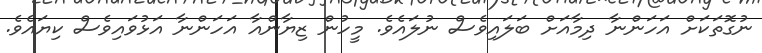
ނުގޮތަކަށް އަހަންނާ ދިމާއަށް ބަލައިވެސް ނުލައެވެ. މީހުން ޒިޔާންއާ އަހަންނާ އަޅުވައިވެސް ކިޔައެވެ.